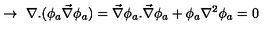
\rightarrow \ \nabla . ( \phi _ { a } \vec { \nabla } \phi _ { a } ) = \vec { \nabla } \phi _ { a } . \vec { \nabla } \phi _ { a } + \phi _ { a } \nabla ^ { 2 } \phi _ { a } = 0